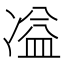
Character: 𭂚